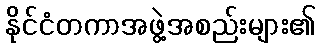
နိုင်ငံတကာအဖွဲ့အစည်းများ၏